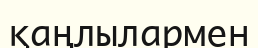
қаңлылармен